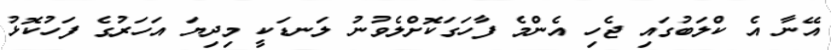
އޭނާ އެ ކްލަބުގައި ޖެހި އެންމެ ފާހަގަކޮށްލެވުނު ލަނޑަކީ މިިދިޔަ އަހަރުގެ ފަހުކޮޅު